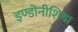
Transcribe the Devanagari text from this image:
इण्डोनीशिया